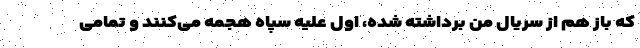
که باز هم از سریال من برداشته شده، اول علیه سپاه هجمه می‌کنند و تمامی